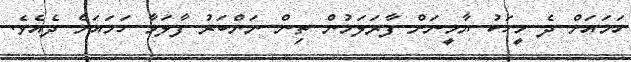
ހަމައަށް ދެ މީހަކު ޔާމީނަށް ފާރަލަމުން ތިން ނަންބަރު ފާލަމާ ހަމައަށް ދެއެވެ.